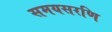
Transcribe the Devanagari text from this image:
समयसरणि